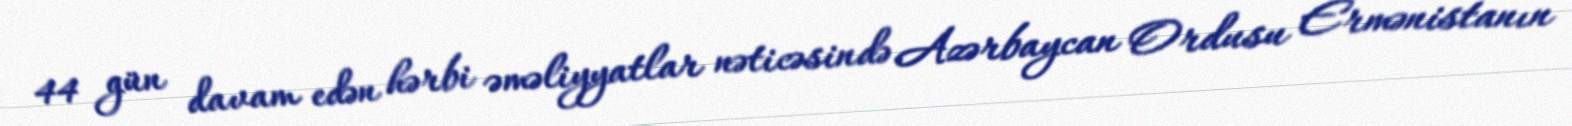
44 gün davam edən hərbi əməliyyatlar nəticəsində Azərbaycan Ordusu Ermənistanın